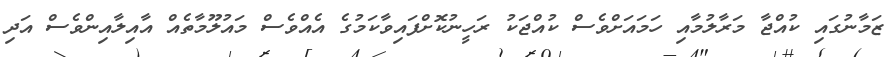
ޒަމާނުގައި ކުއްޖާ މަރާލުމާއި ހަމައަށްވެސް ކުއްޖަކު ރަހީނުކޮށްފައިވާކަމުގެ އެއްވެސް މައުލޫމާތެއް އާއިލާއިންވެސް އަދި